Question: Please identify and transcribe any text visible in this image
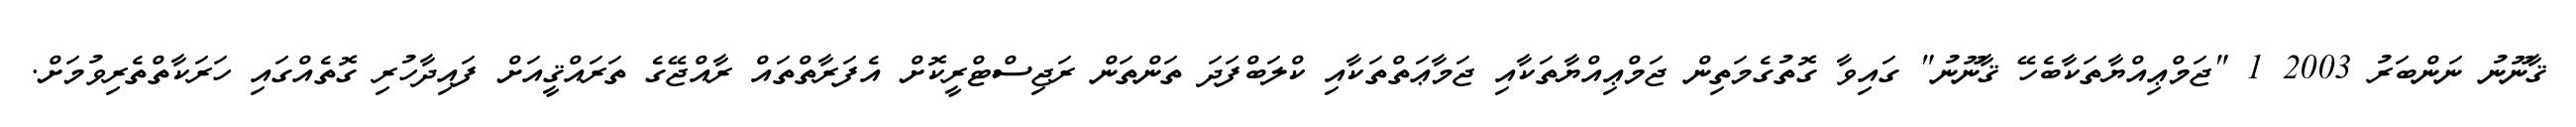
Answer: ޤާނޫނު ނަންބަރު 2003 1 "ޖަމްޢިއްޔާތަކާބެހޭ ޤާނޫނު" ގައިވާ ގޮތުގެމަތިން ޖަމްޢިއްޔާތަކާއި ޖަމާޢަތްތަކާއި ކްލަބްފަދަ ތަންތަން ރަޖިސްޓްރީކޮށް އެފަރާތްތައް ރާއްޖޭގެ ތަރައްޤީއަށް ފައިދާހުރި ގޮތެއްގައި ހަރަކާތްތެރިވުމަށް.